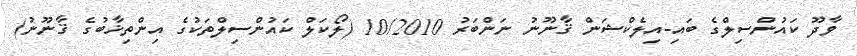
ވާދޫ ކައުންސިލްގެ ބައި-އިލެކްޝަން ޤާނޫނު ނަންބަރު 10/2010 (ލޯކަލް ކައުންސިލްތަކުގެ އިންތިޚާބުގެ ޤާނޫނު)